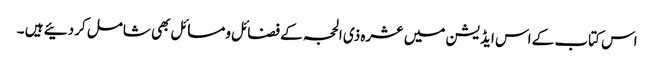
اس کتاب کے اس ایڈیشن میں عشرہ ذی الحجہ کے فضائل ومسائل بھی شامل کردئیے ہیں ۔